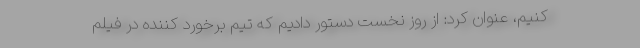
کنیم، عنوان کرد: از روز نخست دستور دادیم که تیم برخورد کننده در فیلم